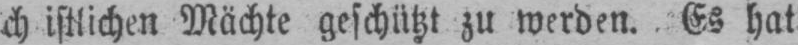
ch istlichen Mächte geschützt zu werden. Es hat